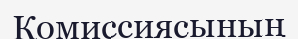
Комиссиясының